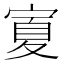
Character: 𭔆